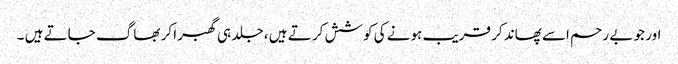
اور جو بے رحم اسے پھاند کر قریب ہونے کی کوشش کر تے ہیں ، جلد ہی گھبرا کر بھاگ جاتے ہیں ۔